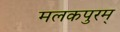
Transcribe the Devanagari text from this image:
मलकपुरम्‌